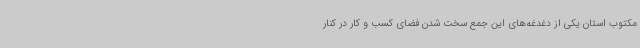
مکتوب استان یکی از دغدغه‌های این جمع سخت شدن فضای کسب و کار در کنار